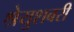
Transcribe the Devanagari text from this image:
श्रेयुशबरी